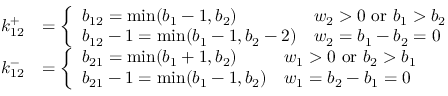
\begin{array} { r l } { k _ { 1 2 } ^ { + } } & { = \left\{ \begin{array} { l l } { b _ { 1 2 } = \operatorname* { m i n } ( b _ { 1 } - 1 , b _ { 2 } ) } & { w _ { 2 } > 0 \mathrm { ~ o r ~ } b _ { 1 } > b _ { 2 } } \\ { b _ { 1 2 } - 1 = \operatorname* { m i n } ( b _ { 1 } - 1 , b _ { 2 } - 2 ) } & { w _ { 2 } = b _ { 1 } - b _ { 2 } = 0 } \end{array} \right. } \\ { k _ { 1 2 } ^ { - } } & { = \left\{ \begin{array} { l l } { b _ { 2 1 } = \operatorname* { m i n } ( b _ { 1 } + 1 , b _ { 2 } ) } & { w _ { 1 } > 0 \mathrm { ~ o r ~ } b _ { 2 } > b _ { 1 } } \\ { b _ { 2 1 } - 1 = \operatorname* { m i n } ( b _ { 1 } - 1 , b _ { 2 } ) } & { w _ { 1 } = b _ { 2 } - b _ { 1 } = 0 } \end{array} \right. } \end{array}